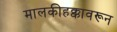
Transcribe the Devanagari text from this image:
मालकीहक्कावरून